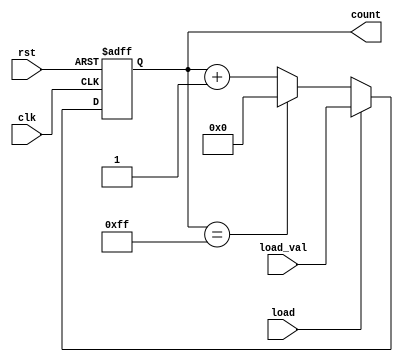
module loadable_counter (
    input wire clk,           // Clock signal
    input wire rst,           // Reset signal (active high)
    input wire load,          // Load signal (active high)
    input wire [7:0] load_val, // Value to load into the counter
    output reg [7:0] count    // Current value of the counter
);

    // Parameter for maximum value
    parameter MAX_VALUE = 8'd255;
    parameter MIN_VALUE = 8'd0;

    // Always block for synchronous operations
    always @(posedge clk or posedge rst) begin
        if (rst) begin
            // Reset the counter to the minimum value
            count <= MIN_VALUE;
        end else if (load) begin
            // Load the specified value into the counter
            count <= load_val;
        end else begin
            // Increment the counter
            if (count == MAX_VALUE) begin
                count <= MIN_VALUE; // Wrap around on overflow
            end else begin
                count <= count + 1'b1;
            end
        end
    end

endmodule